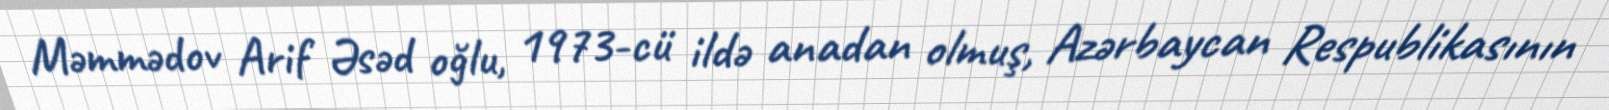
Məmmədov Arif Əsəd oğlu, 1973-cü ildə anadan olmuş, Azərbaycan Respublikasının